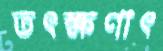
তৎক্ষণাৎ